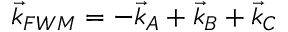
\vec { k } _ { F W M } = - \vec { k } _ { A } + \vec { k } _ { B } + \vec { k } _ { C }